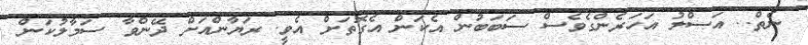
ނެތް.. އަސްލު އަހަރެންގެވެސް ސަބަބުން އެކަން އެގޮތަށް އެވީ. ރަޔާންއަށް ދޭންވާ ސަމާލުކަން